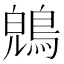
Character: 𪁤